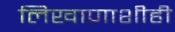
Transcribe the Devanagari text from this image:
लिखाणाशीही